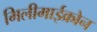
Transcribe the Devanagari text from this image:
मिलीमाईक्रोन